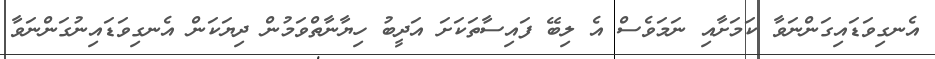
އެނގިވަޑައިގަންނަވާ ކަމަށާއި ނަމަވެސް އެ ލިބޭ ފައިސާތަކަށަ އަދީބު ހިޔާނާތްވަމުން ދިޔަކަން އެނގިވަޑައިނުގަންނަވާ